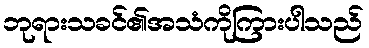
ဘုရားသခင်၏အသံကိုကြားပါသည်